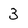
Character: 3